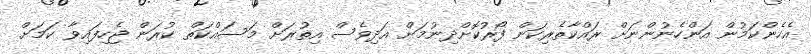
އެހެންކަމުން އަންހެނުންނަށް ރައްކާތެރިކަން ފޯރުކޮށްދިނުމަށް އަދިވެސް އިތުރަށް މަސައްކަތް ކުރަން ޖެހިފައިވާ ކަމަށް